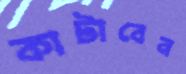
কাটাবেন